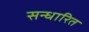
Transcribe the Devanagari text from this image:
सन्धारित